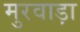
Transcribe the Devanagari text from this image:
मुरवाड़ा